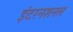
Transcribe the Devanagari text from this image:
इंटरनशनल